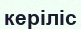
керіліс